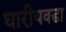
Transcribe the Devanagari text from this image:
घारीयवडा